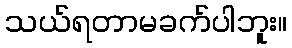
သယ်ရတာမခက်ပါဘူး။